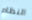
النظام